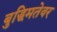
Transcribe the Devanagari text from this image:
बुद्धिमतेवर